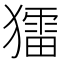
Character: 𤢗